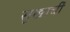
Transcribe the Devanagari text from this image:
सुखाचीं